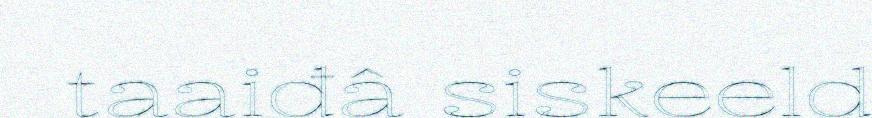
taaiđâ siskeeld